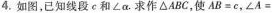
4.如图，已知线段c和∠a。求作△ABC，使$$A B = c$$，$$∠ A =